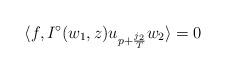
LaTeX: \begin{align*}\langle f, I^{\circ}(w_1, z)u_{p+\frac{j_2}{T}}w_2\rangle=0\end{align*}